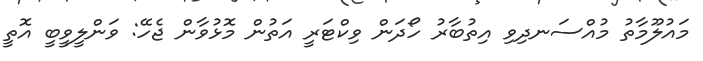
މައުލޫމާތު މުއްސަނދިވި އިތުބާރު ހޯދަން ވިކްޓަރީ އަތުން މޮޅުވާން ޖެހޭ: ވަންލީވީބީ އޮތީ